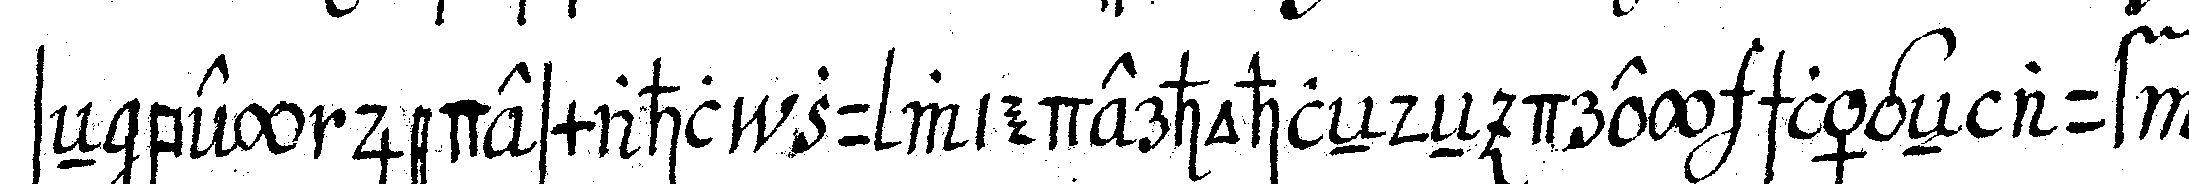
seN bey jedesmahl zu wiederhohleNdeN drey schlägeN auf